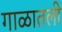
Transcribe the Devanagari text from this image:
गाळातली